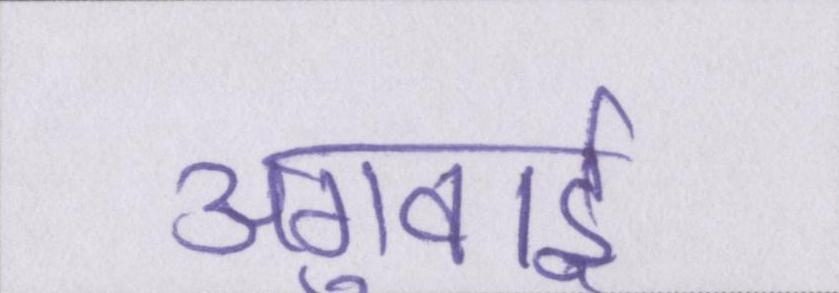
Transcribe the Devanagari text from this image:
अगुवाई